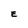
Character: E